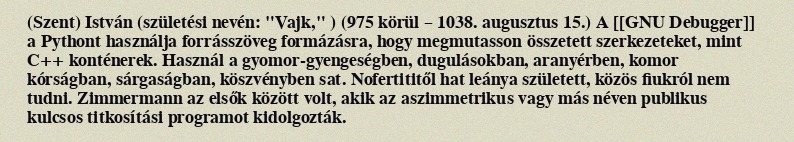
(Szent) István (születési nevén: "Vajk," ) (975 körül – 1038. augusztus 15.) A [[GNU Debugger]] a Pythont használja forrásszöveg formázásra, hogy megmutasson összetett szerkezeteket, mint C++ konténerek. Használ a gyomor-gyengeségben, dugulásokban, aranyérben, komor kórságban, sárgaságban, köszvényben sat. Nofertititől hat leánya született, közös fiukról nem tudni. Zimmermann az elsők között volt, akik az aszimmetrikus vagy más néven publikus kulcsos titkosítási programot kidolgozták.